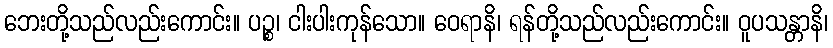
ဘေးတို့သည်လည်းကောင်း။ ပဉ္စ၊ ငါးပါးကုန်သော။ ဝေရာနိ၊ ရန်တို့သည်လည်းကောင်း။ ဝူပသန္တာနိ၊